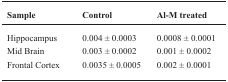
| Sample | Control | Al-M treated |
 | --- | --- | --- |
 | Hippocampus | 0.004 ± 0.0003 | 0.0008 ± 0.0001 |
 | Mid Brain | 0.003 ± 0.0002 | 0.001 ± 0.0002 |
 | Frontal Cortex | 0.0035 ± 0.0005 | 0.002 ± 0.0001 |